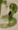
Text: 3